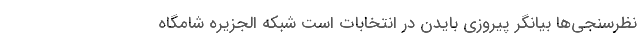
نظرسنجی‌ها بیانگر پیروزی بایدن در انتخابات است شبکه الجزیره شامگاه